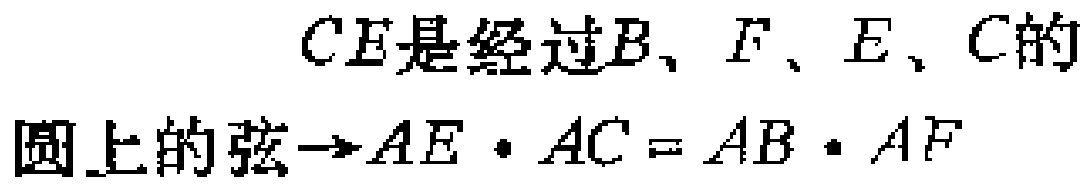
$CE是经过B、F、E、C的\\圆上的弦\rightarrow AE\cdot AC = AB\cdot AF$